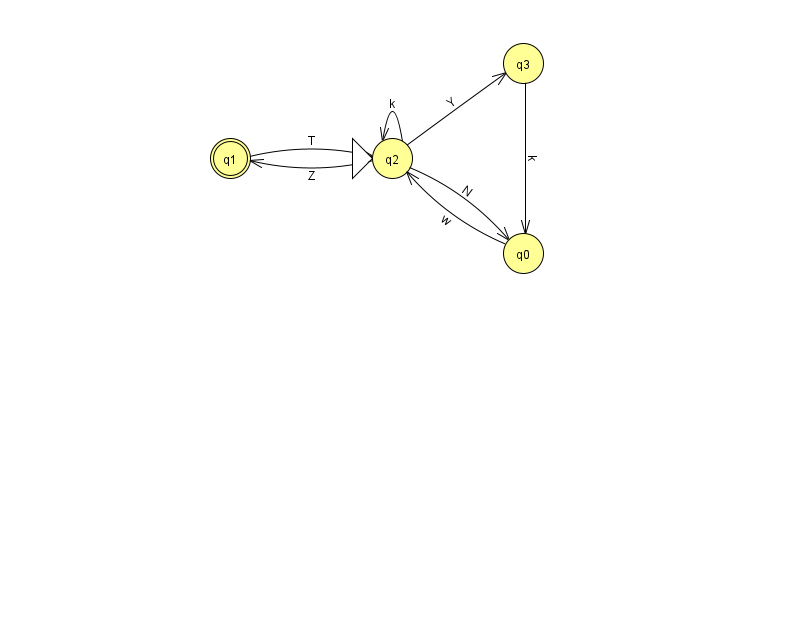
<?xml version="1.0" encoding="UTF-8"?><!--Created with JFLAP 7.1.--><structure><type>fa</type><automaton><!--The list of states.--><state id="0" name="q0"><x>523.0</x><y>240.0</y></state><state id="1" name="q1"><x>230.0</x><y>145.0</y><final/></state><state id="2" name="q2"><x>392.0</x><y>145.0</y><initial/></state><state id="3" name="q3"><x>523.0</x><y>50.0</y></state><!--The list of transitions.--><transition><from>0</from><to>2</to><read>w</read></transition><transition><from>2</from><to>1</to><read>Z</read></transition><transition><from>2</from><to>3</to><read>Y</read></transition><transition><from>1</from><to>2</to><read>T</read></transition><transition><from>2</from><to>0</to><read>N</read></transition><transition><from>2</from><to>2</to><read>k</read></transition><transition><from>3</from><to>0</to><read>k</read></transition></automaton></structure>